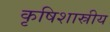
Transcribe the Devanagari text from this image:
कृषिशास्रीय